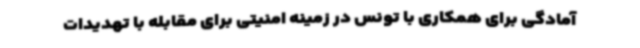
آمادگی برای همکاری با تونس در زمینه امنیتی برای مقابله با تهدیدات